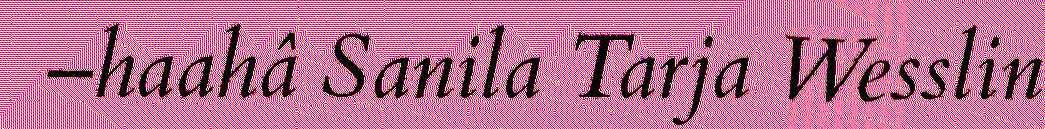
–haahâ Sanila Tarja Wesslin